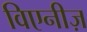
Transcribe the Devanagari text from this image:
विएनीज़